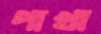
পাখা